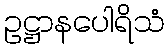
ဥဋ္ဌာနပေါရိသံ